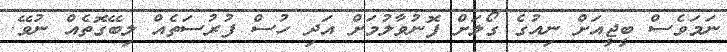
ނަމަވެސް ބީޖީއަށް ނިއުގެ ގޯލަށް ފޮނުވާލުމަށް އަދި ހުސް ފުރުސަތެއް ލިބޭގޮތެއް ނުވޭ.